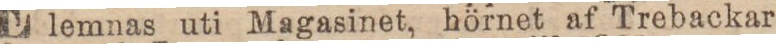
lemnas uti Magasinet, hörnet af Trebackar